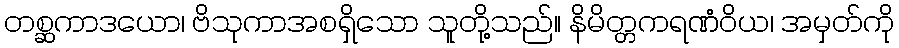
တစ္ဆကာဒယော၊ ဗိသုကာအစရှိသော သူတို့သည်။ နိမိတ္တကရဏံဝိယ၊ အမှတ်ကို